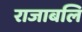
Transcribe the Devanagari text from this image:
राजाबलि